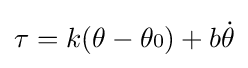
\tau =k(\theta -\theta {\scriptstyle {\text{0}}})+b{\dot {\theta }}